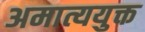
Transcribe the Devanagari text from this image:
अमात्ययुक्त